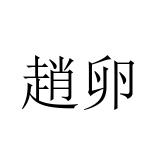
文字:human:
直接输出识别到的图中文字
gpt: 趙卵